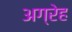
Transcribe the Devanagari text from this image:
अग्रेह